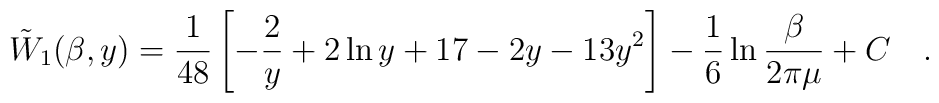
\tilde{W}_1(\beta,y)={ 1\over 48}	\left[-\frac 2y +2 \ln y +17 - 2 y - 13  y^2 \right] - \frac16\ln{\beta\over 2\pi\mu} + C~~~.